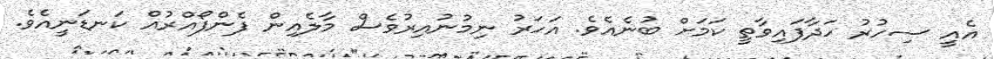
އެއީ ސިހުރު ހަދާފައިވާތީ ކަމަށް ބުނެއެވެ. އަހަރު ނިމުނުއިރުވެސް މާލެއިން ފެންފޯއްރުއް ކަނޑަނީއެވެ.